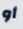
أو